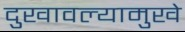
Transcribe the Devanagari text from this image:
दुखावल्यामुखे